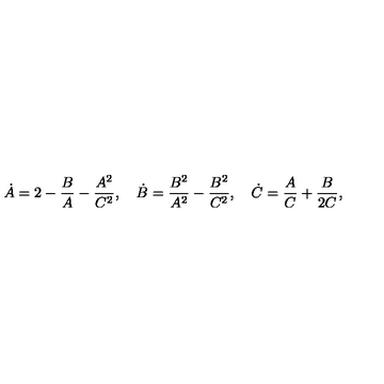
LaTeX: \dot { A } = 2 - \frac { B } { A } - \frac { A ^ { 2 } } { C ^ { 2 } } , \quad \dot { B } = \frac { B ^ { 2 } } { A ^ { 2 } } - \frac { B ^ { 2 } } { C ^ { 2 } } , \quad \dot { C } = \frac { A } { C } + \frac { B } { 2 C } ,